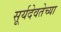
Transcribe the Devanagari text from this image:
सूर्यदेवतेच्या